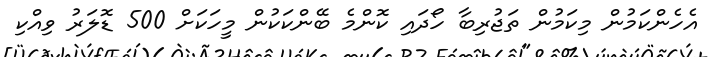
އެހެންކަމުން މިކަމުން ތަޖުރިބާ ހޯދައި ކޮންމެ ބޭންކަކުން މީހަކަށް 500 ޑޮލަރު ވިއްކި